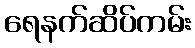
ရေနက်ဆိပ်ကမ်း